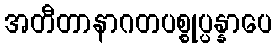
အတီတာနာဂတပစ္စုပ္ပန္နာပေ